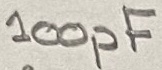
Text: 100pF